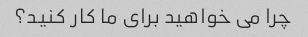
چرا می خواهید برای ما کار کنید؟